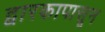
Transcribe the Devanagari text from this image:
द्वारकापासून